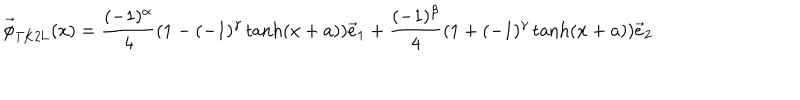
LaTeX: \vec { \phi } _ { \mathrm { T K 2 L } } ( x ) = \frac { ( - 1 ) ^ { \alpha } } { 4 } ( 1 - ( - 1 ) ^ { \gamma } \tanh ( x + a ) ) \vec { e } _ { 1 } + \frac { ( - 1 ) ^ { \beta } } { 4 } ( 1 + ( - 1 ) ^ { \gamma } \tanh ( x + a ) ) \vec { e } _ { 2 }